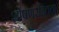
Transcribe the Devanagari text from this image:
शोषणरहितता